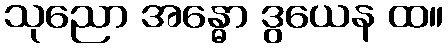
သုညော အန္ဓော ဒွယေန ထ။